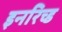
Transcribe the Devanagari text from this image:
इनरिच्ड